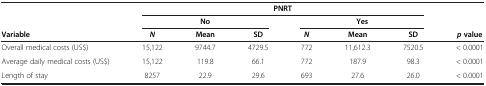
<table><thead><tr><td><b> </b></td><td colspan="6"><b>PNRT</b></td><td><b> </b></td></tr><tr><td><b> </b></td><td colspan="3"><b>No</b></td><td colspan="3"><b>Yes</b></td><td><b> </b></td></tr><tr><td><b>Variable</b></td><td><b><i>N</i></b></td><td><b>Mean</b></td><td><b>SD</b></td><td><b><i>N</i></b></td><td><b>Mean</b></td><td><b>SD</b></td><td><b><i>p</i>value</b></td></tr></thead><tbody><tr><td>Overall medical costs (US$)</td><td>15,122</td><td>9744.7</td><td>4729.5</td><td>772</td><td>11,612.3</td><td>7520.5</td><td>&lt; 0.0001</td></tr><tr><td>Average daily medical costs (US$)</td><td>15,122</td><td>119.8</td><td>66.1</td><td>772</td><td>187.9</td><td>98.3</td><td>&lt; 0.0001</td></tr><tr><td>Length of stay</td><td>8257</td><td>22.9</td><td>29.6</td><td>693</td><td>27.6</td><td>26.0</td><td>&lt; 0.0001</td></tr></tbody></table>